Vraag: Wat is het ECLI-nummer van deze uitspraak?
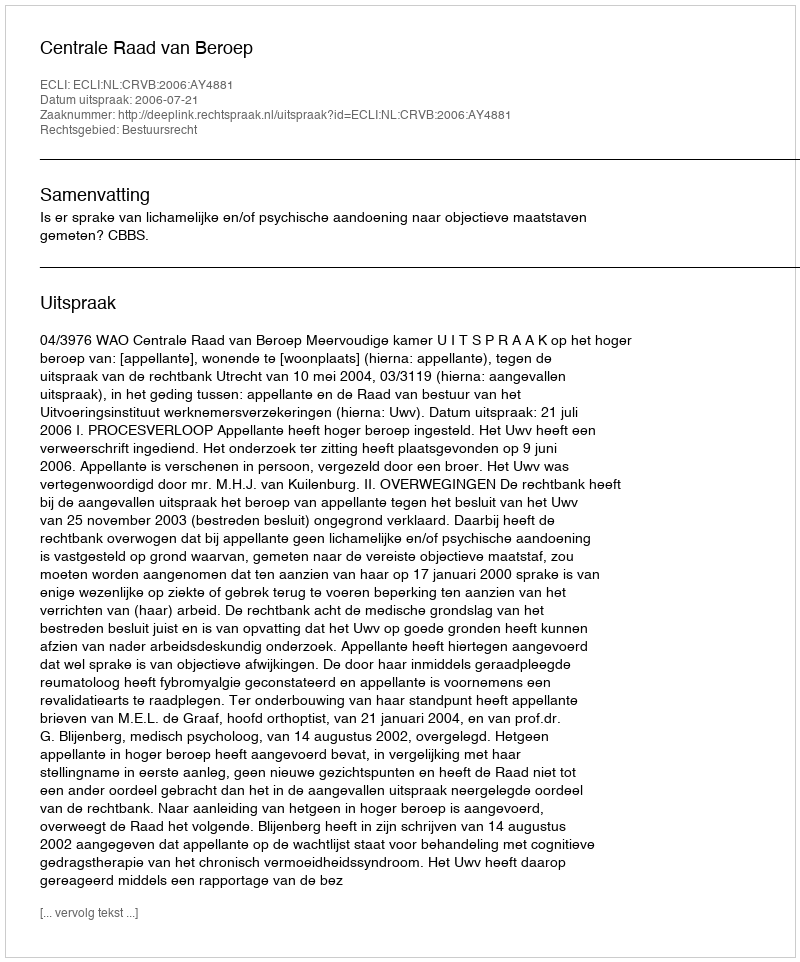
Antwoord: ECLI:NL:CRVB:2006:AY4881